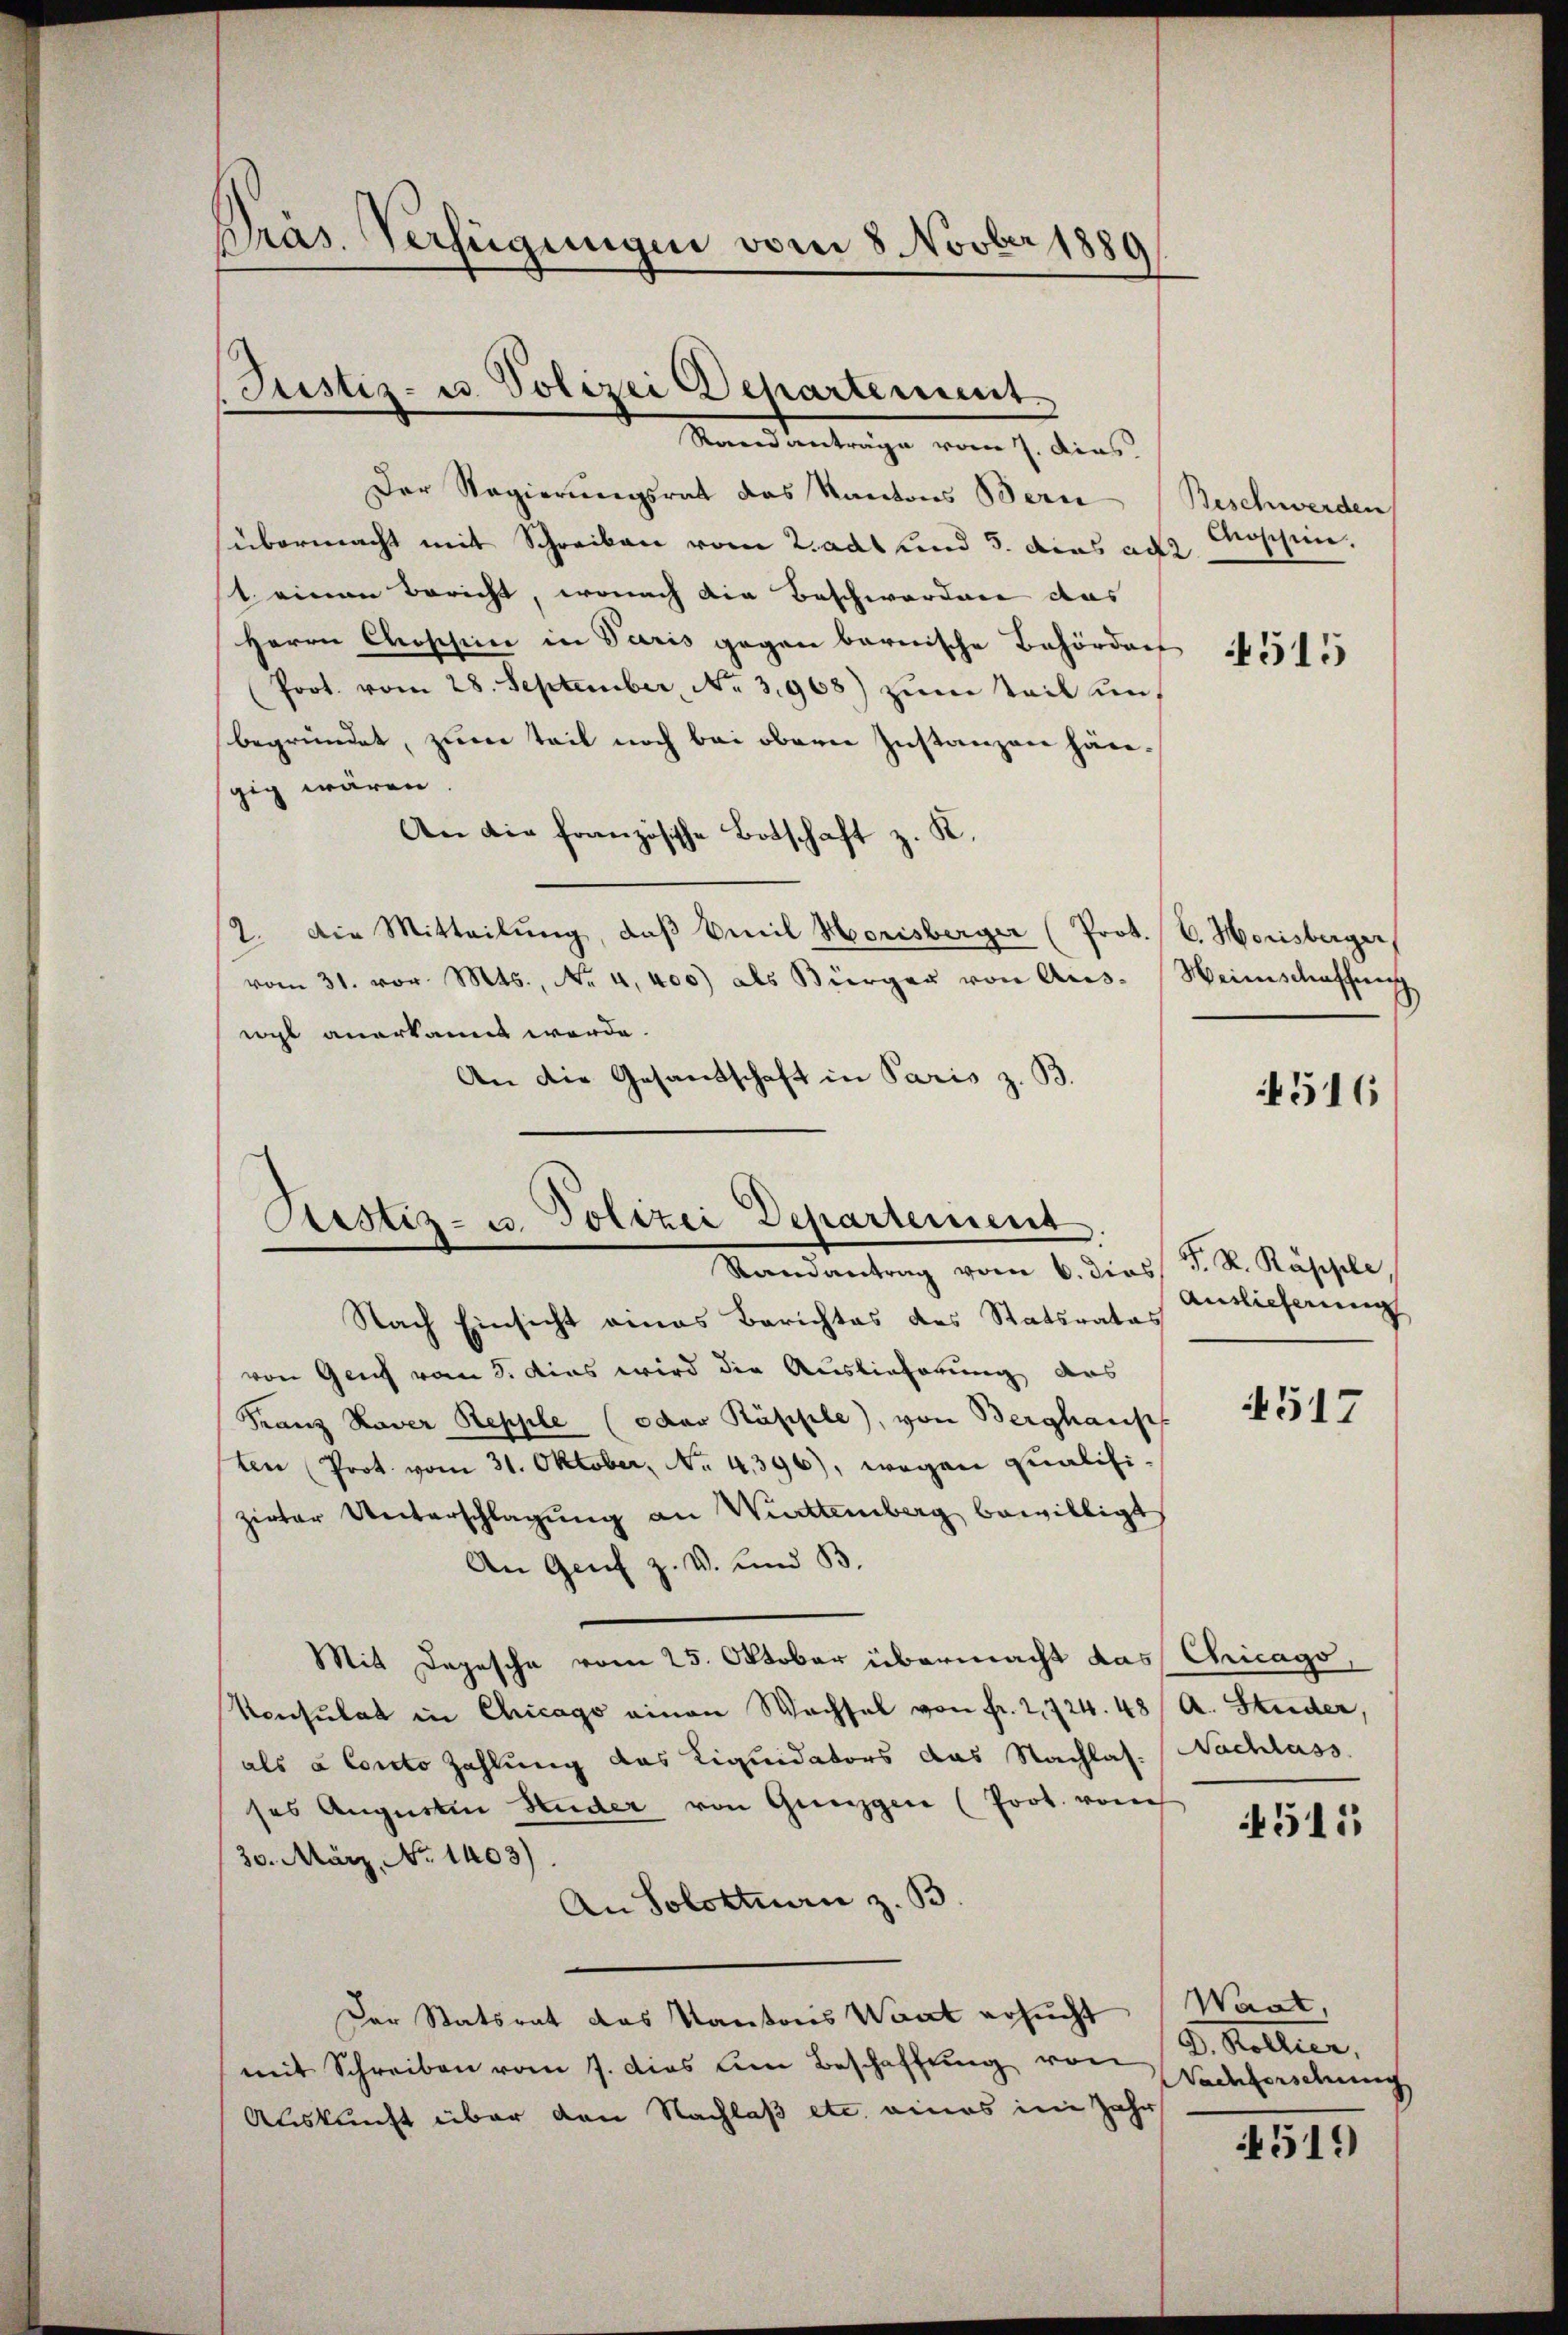
Der Regierungsrat das Kantons Bern
übermacht mit Schreiben vom Zadt und 5. dies act
t. einen Bericht, wonach die Beschwerden das
Herrn Coschine in Paris gegen barnische Behörders
Prot. vom 28. September, No. 3968) zum Teil unbegründet, zum Teil noch bei obern Instanzen hängig wären
An die französische Botschaft z. K.
2. Die Mitteilŭng, daß Emil Herisberger (Prot. (C. Herisberger,
vom 31. vor. Mts., No 4,400) als Bürger von Aus-Weinschaffung
wyl anerkannt werde.
An die Gesandschaft in Paris z. B.

Präs. Verfügungen vom 8 Novber 1889

Justiz- u. Polizei Departement.
Manns entrage vom 1. dies

Sistiz- u. Polizei Departement
Randantrag vom 6. dies

Nach Einsicht eines Berichtes des Statsrates
von Genf vom 8. dies wird die Auslieferung des
Franz Kaver Repple (oder Raspile), von Berghauses
ten (Prot. vom 31. Oktober, No. 4396), wegen Qualifizirter Unterschlagung an Württemberg bewilligt
An Genf z. V. und B
Mit Depesche vom 25. Oktober übermacht das Chicago
Konsulat in Chicago einen Wachsel von fr. 2,724. 48 A. Studer,
als a Conto Zahlung das Liquidators das Nachlas-
ses Augusten Huder von Günzgen (Prot. vom
30. März, No 1403).
An Solottuan z. B.
Der Statsrat das Kantons Want ersucht (Waat,
mit Schreiben vom 7. dies um Beschaffŭng von D. Rollier,
Auskunft über den Nachlaß etc. eines im Jahr

Beschwerden
Moschen.
4515

516

S. R. Rappele,
Antlicherung

1517

Nachlass

4511

Nachforschung

4519)